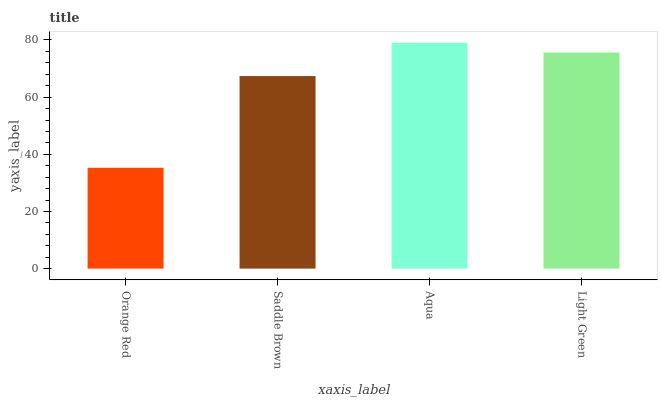
| xaxis_label | bars |
 | --- | --- |
 | Orange Red | 35.3 |
 | Saddle Brown | 67.4 |
 | Aqua | 79 |
 | Light Green | 75.6 |